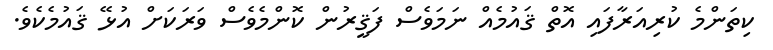
ކިތަންމެ ކުރިއަރާފައި އޮތް ޤައުމެއް ނަމަވެސް ފަޤީރުން ކޮންމެވެސް ވަރަކަށް އުޅޭ ޤައުމެކެވެ.